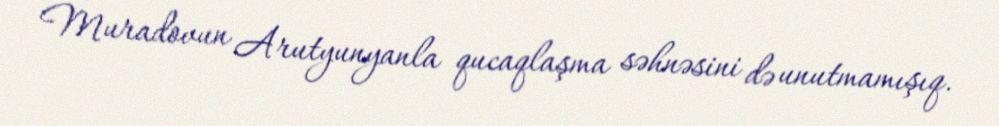
Muradovun Arutyunyanla qucaqlaşma səhnəsini də unutmamışıq.